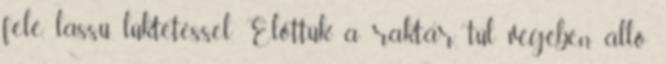
felé, lassú lüktetéssel. Előttük, a raktár túl végében álló